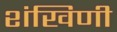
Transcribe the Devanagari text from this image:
शंखिणी